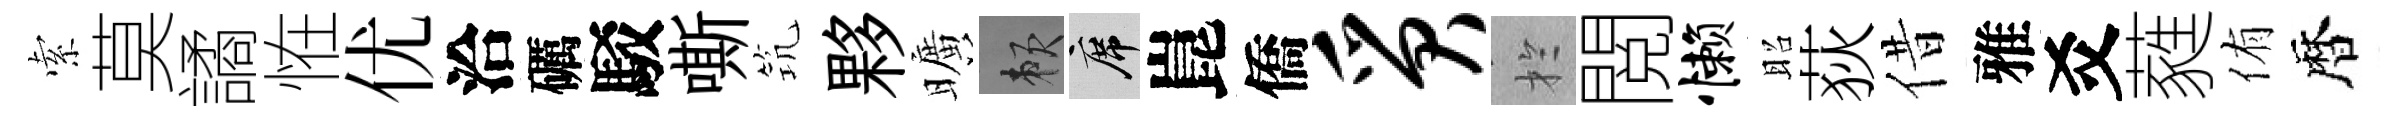
索莫譎恠优洽礪駁嘶𥬑夥曠賴席崑僑质扵閲懒昭荻借雅爻蕤侑暦